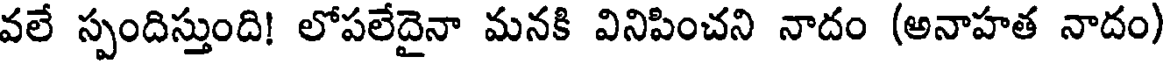
వలే స్పందిస్తుంది! లోపలేదైనా మనకి వినిపించని నాదం (అనాహత నాదం)